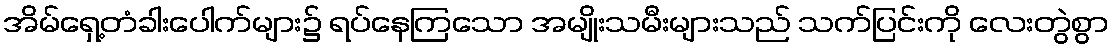
အိမ်ရှေ့တံခါးပေါက်များ၌ ရပ်နေကြသော အမျိုးသမီးများသည် သက်ပြင်းကို လေးတွဲစွာ